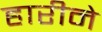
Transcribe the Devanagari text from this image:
हारीने